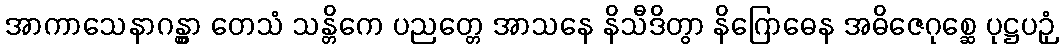
အာကာသေနာဂန္တွာ တေသံ သန္တိကေ ပညတ္တေ အာသနေ နိသီဒိတွာ နိဂြောဓေန အဓိဇေဂုစ္ဆေ ပုဋ္ဌပဉှံ